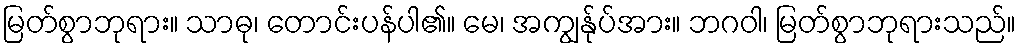
မြတ်စွာဘုရား။ သာဓု၊ တောင်းပန်ပါ၏။ မေ၊ အကျွန်ုပ်အား။ ဘဂဝါ၊ မြတ်စွာဘုရားသည်။